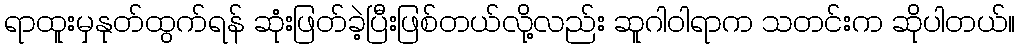
ရာထူးမှနုတ်ထွက်ရန် ဆုံးဖြတ်ခဲ့ပြီးဖြစ်တယ်လို့လည်း ဆူဂါဝါရာက သတင်းက ဆိုပါတယ်။